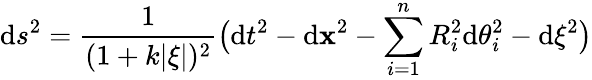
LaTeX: \mathrm{d}s^{2}=\frac{{1}}{{(1+k|\xi|)^{2}}}\bigl(\mathrm{d}t^{2}-\mathrm{d}{\mathbf{x}}^{2}-\sum_{i=1}^{n}R_{i}^{2}\mathrm{d}\theta_{i}^{2}-\mathrm{d}\xi^{2}\bigr)